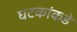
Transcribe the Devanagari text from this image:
घटकांकडे